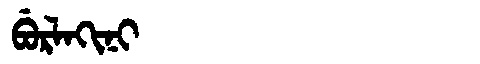
Manchu: ᠪᡠᡵᠯᠠᡴᡳᠨᡳ
Romanization: BURLAKINI